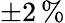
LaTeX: \pm 2\, \%